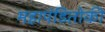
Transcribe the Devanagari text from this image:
महापंडितोकी